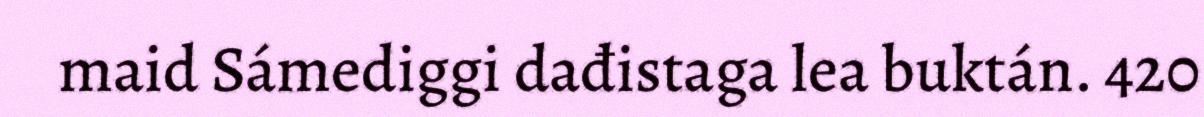
maid Sámediggi dađistaga lea buktán. 420